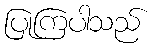
ပြုကြပါသည်